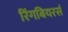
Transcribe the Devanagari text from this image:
रिंगबियरर्स